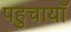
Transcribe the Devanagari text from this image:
पहुचायाँ